Annual report of the Bengal Veterinary College and of the Civil Veterinary Department, Bengal, for the year 1914-1915 - 1914-1915
Year: 1914
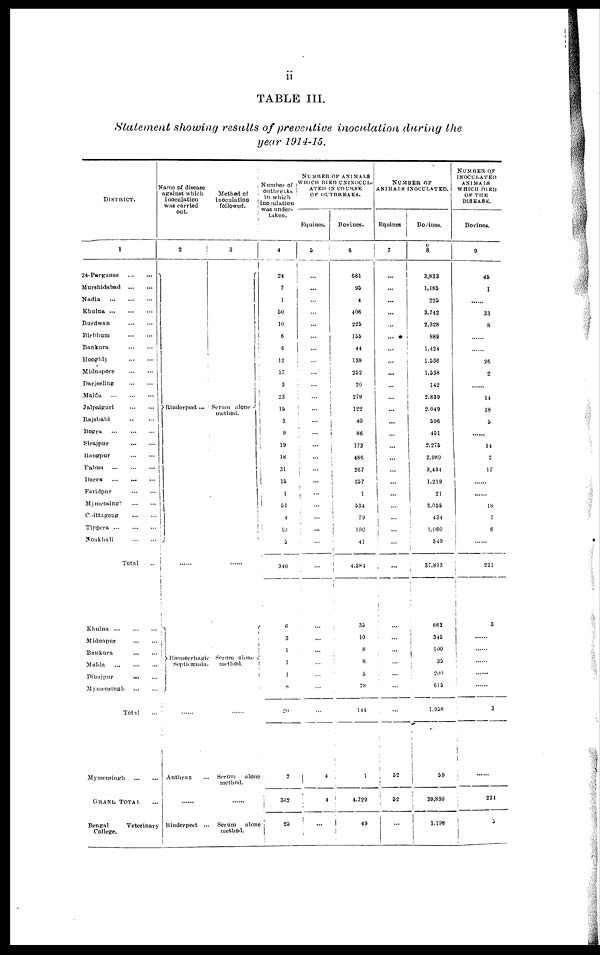
ii
TABLE III.
Statement showing results of preventive inoculation during the
year 1914-15.
DISTRICT.
1
24-Parganas
...
...
Murshidabad
Nadia
Khulna
Burdwan
Birbhum
Bankura
Hooghly
Midnapore
Darjeeling
Malda
Jalpaiguri
Rajshahi
Bogra
Sirajpur
Rangpur
Pabna
Dacca
Faridpur
Mymensingh
Chittagong
Tippera
Noakhali
Total ...
Khulna
Midnapur
Bankura
Malda
Dinajpur ... ....
Mymensingh
Total ...
Mymensingh
GRAND TOTAL ...
Bengal
Veterinary
College.
Name of disease
against which
inoculation
was carried
out.
2
Rinderpest ...
.........
Hæmorrhagic
Septicæmia.
......
Anthrax ...
......
Rinderpest ...
Method of
inoculation
followed.
3
Serum alone
method.
i
......
Serum alone
method.
......
Serum
alone
method.
......
Serum
alone
method.
Number of
outbreaks
in which
inoculation
was under-
taken.
4
24
7
1
50
10
6
6
12
17
3
23
15
3
9
19
18
31
10
1
01
4
10
5
340
6
3
1
1
1
8
20
2
362
23
NUMBER OF ANIMALS
WHICH DIED UNINOCUL-
ATED IS COURSE
OF OUTBREAKS.
Equines.
5
...
...
...
...
...
...
...
...
...
...
...
...
...
...
...
...
...
...
...
...
...
...
...
...
...
...
...
...
...
...
4
4
...
Bovines.
6
681
95
4
406
225
155
44
138
252
20
278
122
40
86
173
486
267
357
1
534
79
100
41
4,584
35
10
8
8
5
78
144
1
4,729
49
NUMBER OF
ANIMALS INOCULATED.
Equines
7
...
...
...
...
...
...
...
...
...
...
...
...
...
...
...
...
...
...
...
...
...
...
...
...
...
...
...
...
...
52
52
...
Bovines.
8
3,833
1,185
225
3,742
2,328
889
1,424
1.536
1,538
142
2,839
2,049
596
451
2,275
2,989
3,434
1,219
21
3,055
434
1,060
549
37,813
663
345
100
35
200
615
1,958
59
39,830
1,198
NUMBER OF
INOCULATEDANIMALS
WHICH DIED
OF THE
DISEASE.
Bovines.
9
45
1
......
33
8
......
......
26
2
......
14
18
5
......
14
7
17
......
18
7
6
......
221
3
.....
.....
....
....
.....
3
224
5